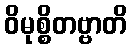
ဝိမုစ္စိတဗ္ဗာတိ